Document type: Grant
Year: 1403
Scribe: Berenguer Pedrosell
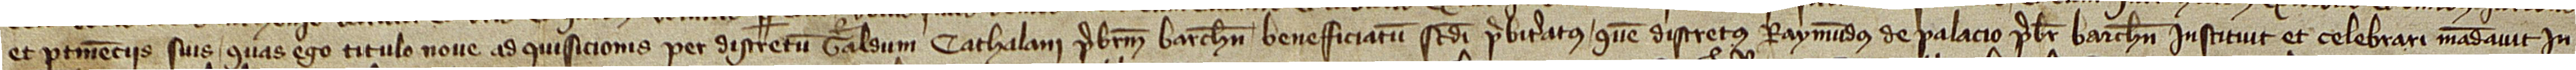
et pertinenciis suis, quas ego titulo nove adquisicionis per discretum Geraldum Cathalani, prebisterum Barchinone, beneficiatum secundi presbiteratus quem discretus Raymundus de Palacio, presbiter Barchinone, instituit et celebrari mandavit in